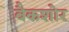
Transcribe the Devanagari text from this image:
बैकशोर